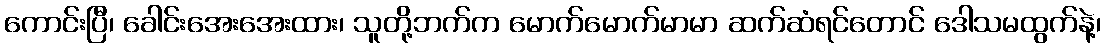
ကောင်းပြီ၊ ခေါင်းအေးအေးထား၊ သူတို့ဘက်က မောက်မောက်မာမာ ဆက်ဆံရင်တောင် ဒေါသမထွက်နဲ့၊